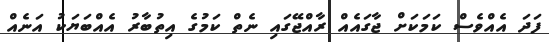
ފަދަ އެއްވެސް ކަމަކަށް ޖާގައެއް ރާއްޖޭގައި ނެތް ކަމުގެ އިތުބާރު އެއްބަޔަކު އަނެއް